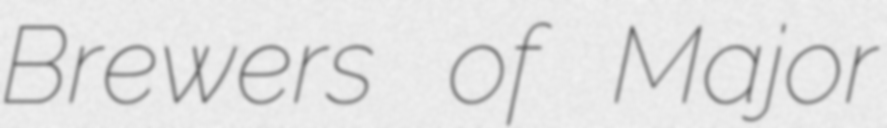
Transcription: Brewers of Major